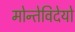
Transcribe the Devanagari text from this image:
मोन्तेविदेयो